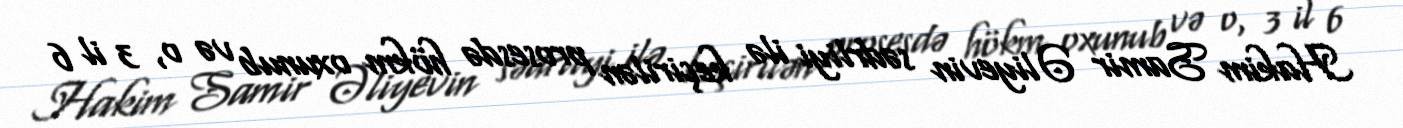
Hakim Samir Əliyevin sədrliyi ilə keçirilən prosesdə hökm oxunub və o, 3 il 6